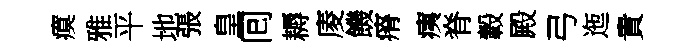
瘼雅平地張皇囘耨庱饑瘠痍脊轂殿弓迤貴